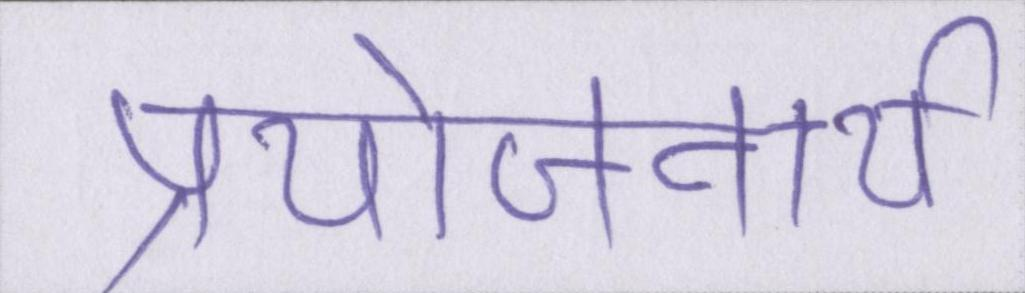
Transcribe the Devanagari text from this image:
प्रयोजनार्थ